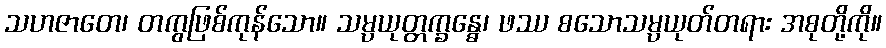
သဟဇာတေ၊ တကွဖြစ်ကုန်သော။ သမ္ပယုတ္တက္ခန္ဓေ၊ ဖဿ စသောသမ္ပယုတ်တရား အစုတို့ကို။